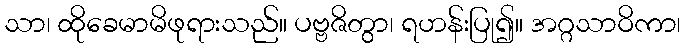
သာ၊ ထိုခေမာမိဖုရားသည်။ ပဗ္ဗဇိတွာ၊ ရဟန်းပြု၍။ အဂ္ဂသာဝိကာ၊